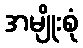
အမျိုးစုံ